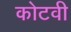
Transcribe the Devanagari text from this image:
कोटवी